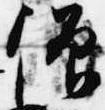
僧